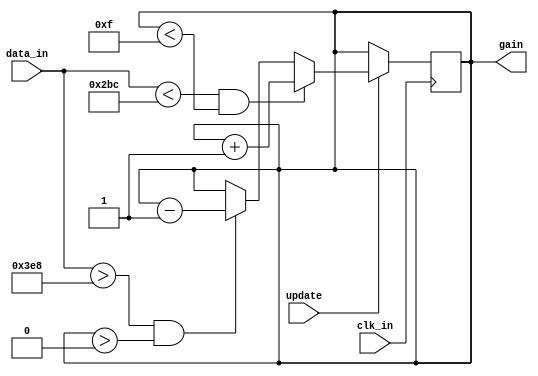
`timescale 1ns / 1ps
module agc_module(
input clk_in,
input update,//  
input [9:0] data_in, //  
output [3:0] gain
);
	 
reg [3:0] gain_reg = 'd0;
assign gain = gain_reg;

always @ (posedge clk_in)
begin
	if (update == 'd1)
	begin
		if ((data_in < 'd700) && (gain_reg < 'd15)) gain_reg<= gain_reg + 'd1;
		else if ((data_in > 'd1000) && (gain_reg > 'd0)) gain_reg<= gain_reg - 'd1;
	end
end

endmodule